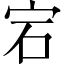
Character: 宕